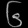
Digit: ၆